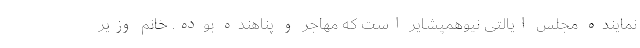
نماینده مجلس ایالتی نیوهمپشایر است که مهاجر و پناهنده بوده. خانم وزیر